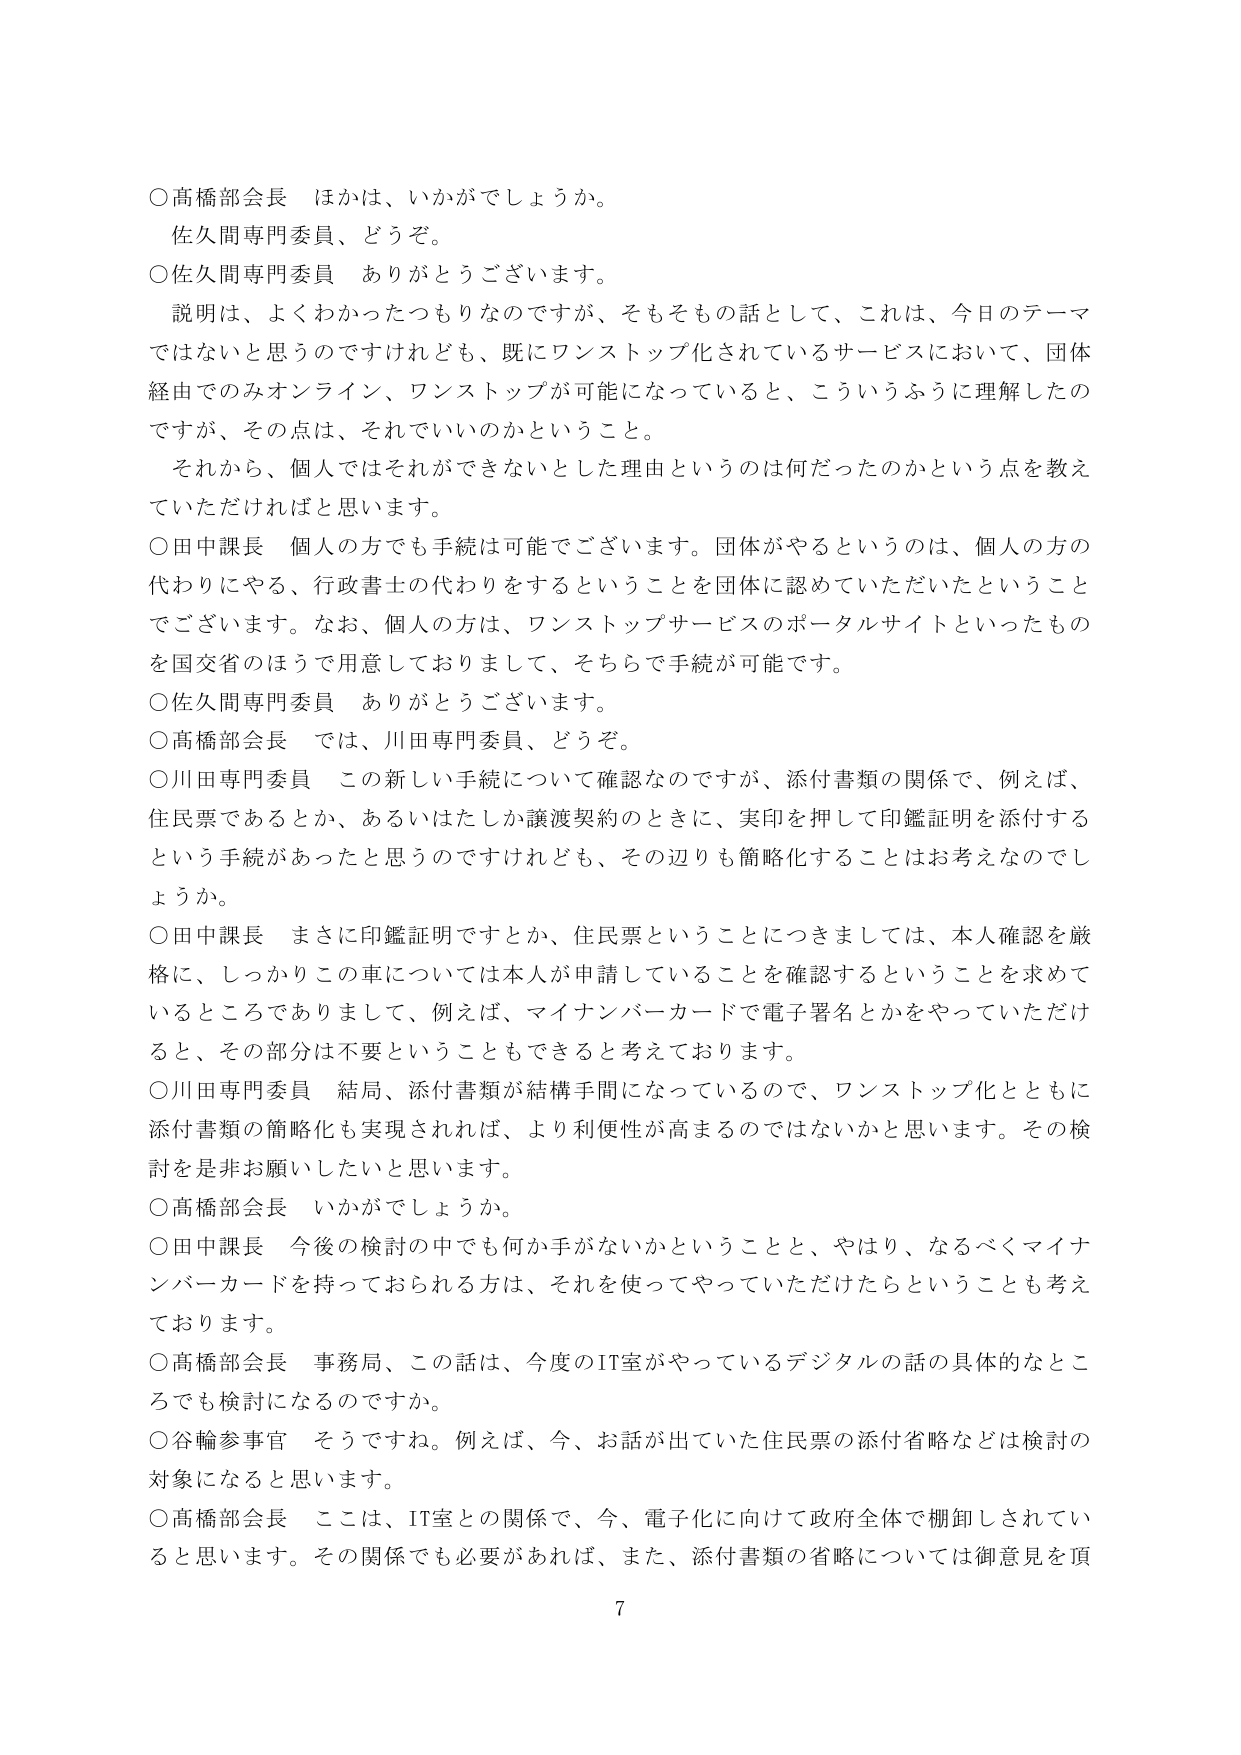
○高橋部会長　ほかは、いかがでしょうか。
佐久間専門委員、どうぞ。
○佐久間専門委員　ありがとうございます。
　説明は、よくわかったつもりなのですが、そもそも話として、これは、今日のテーマではないと思うのですけれども、既にワンストップ化されているサービスにおいて、団体経由でのみオンライン、ワンストップが可能になっていると、こういうふうに理解したのですが、その点は、それでいいのかということ。
　それから、個人ではそれができないとした理由というのは何だったのかという点を教えていただければと思います。
○田中課長　個人の方でも手続は可能でございます。団体がやるというのは、個人の方の代わりにやる、行政書士の代わりをするということを団体に認めていただいたということでございます。なお、個人の方は、ワンストップサービスのポータルサイトといったものを国交省のほうで用意しておりまして、そちらで手続が可能です。
○佐久間専門委員　ありがとうございます。
○高橋部会長　では、川田専門委員、どうぞ。
○川田専門委員　この新しい手続について確認なのですが、添付書類の関係で、例えば、住民票であるとか、あるいはたしか譲渡契約のときに、実印を押して印鑑証明を添付するという手続があったと思うのですけれども、その辺りも簡略化することはお考えなしでしょうか。
○田中課長　まさに印鑑証明ですとか、住民票ということにつきましては、本人確認を厳格に、しっかりこの車については本人が申請していることを確認するということを求めてい るところでありまして、例えば、マイナンバーカードで電子署名とかをやっていただけ ると、その部分は不要ということもできると考えております。
○川田専門委員　結局、添付書類が結構手間になっているので、ワンストップ化とともに添付書類の簡略化も実現されれば、より利便性が高まるのではないかと思います。その検討を是非お願いしたいと思います。
○高橋部会長　いかがでしょうか。
○田中課長　今後の検討の中でも何か手がないかということと、やはり、なるべくマイナンバーカードを持っておられる方は、それを使ってやっていただけたらということも考えております。
○高橋部会長　事務局、この話は、今度のIT室がやっているデジタルの話の具体的なところでも検討になるのですか。
○谷輪参事官　そうですね。例えば、今、お話が出ていた住民票の添付省略などは検討の対象になると思います。
○高橋部会長　これは、IT室との関係で、今、電子化に向けて政府全体で棚卸しされていると思います。その関係でも必要があれば、また、添付書類の省略については御意見を頂
7